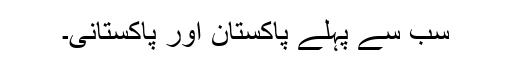
سب سے پہلے پاکستان اور پاکستانی۔